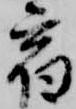
宿